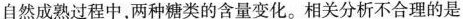
自然成熟过程中，两种糖类的含量变化。相关分析不合理的是